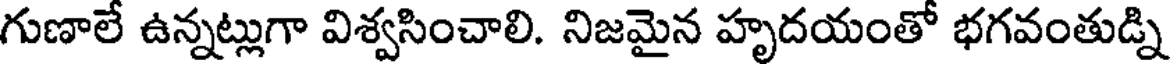
గుణాలే ఉన్నట్లుగా విశ్వసించాలి. నిజమైన హృదయంతో భగవంతుడ్ని